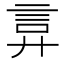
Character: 𫌲